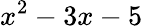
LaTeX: x^{2}-3x-5